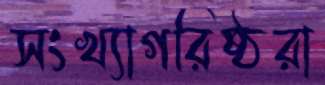
সংখ্যাগরিষ্ঠরা